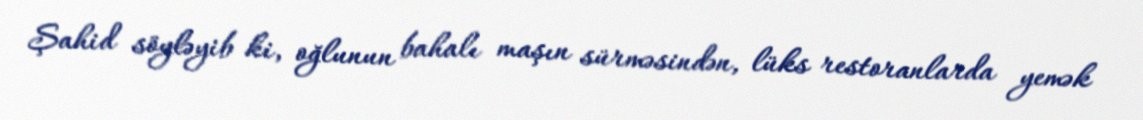
Şahid söyləyib ki, oğlunun bahalı maşın sürməsindən, lüks restoranlarda yemək